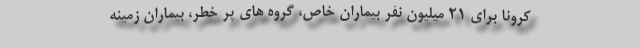
کرونا برای ۲۱ میلیون نفر بیماران خاص، گروه های پر خطر، بیماران زمینه